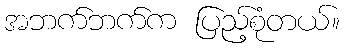
အဘက်ဘက်က ပြည့်စုံတယ်။